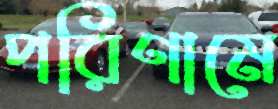
পরিণামে